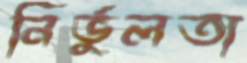
নির্ভুলতা